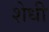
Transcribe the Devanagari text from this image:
शेधी